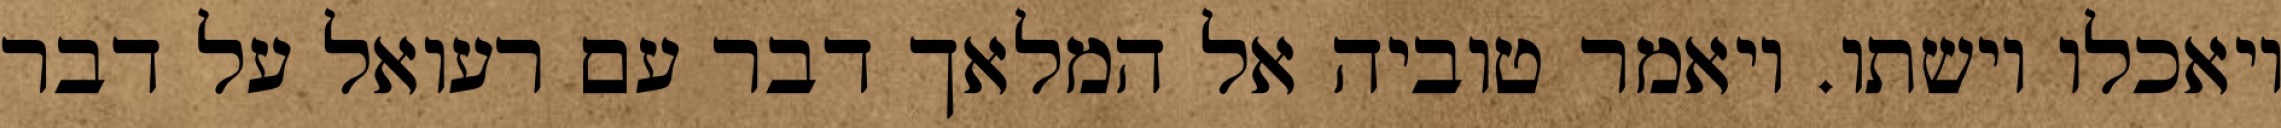
ויאכלו וישתו. ויאמר טוביה אל המלאך דבר עם רעואל על דבר